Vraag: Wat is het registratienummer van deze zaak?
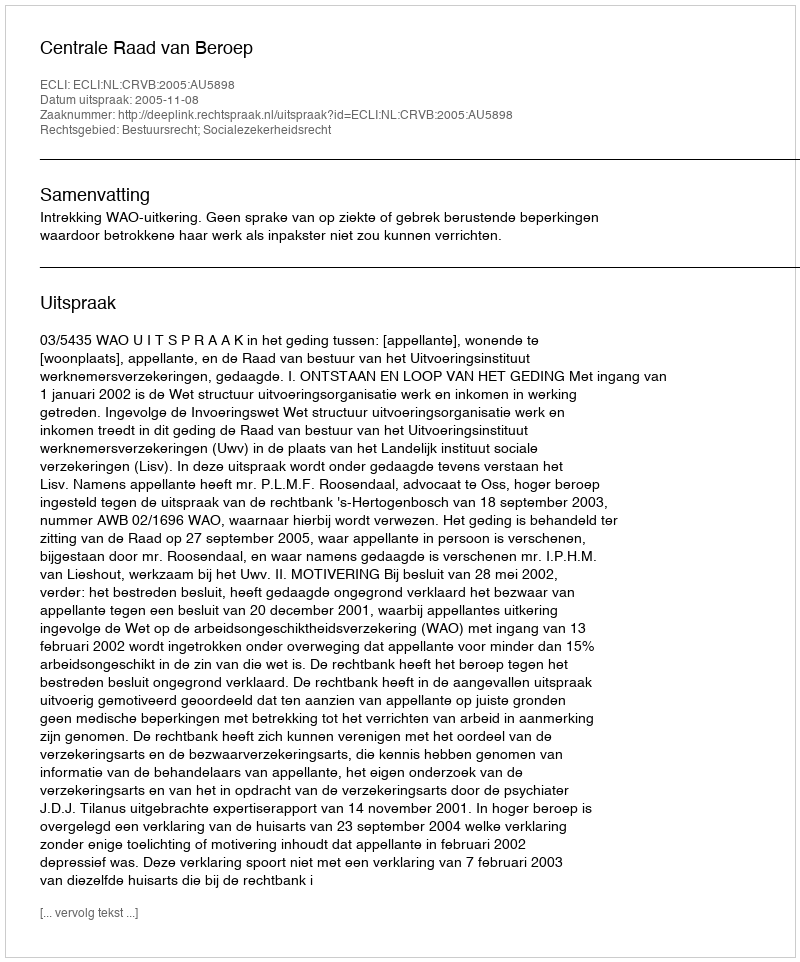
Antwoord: http://deeplink.rechtspraak.nl/uitspraak?id=ECLI:NL:CRVB:2005:AU5898